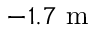
- 1 . 7 \textrm { m }